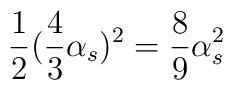
\frac{1}{2} (\frac{4}{3} \alpha_{s})^{2} = \frac{8}{9} \alpha_{s}^{2}